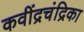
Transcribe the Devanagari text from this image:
कवींद्रचंद्रिका